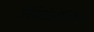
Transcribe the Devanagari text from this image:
रेडियोलेरियन